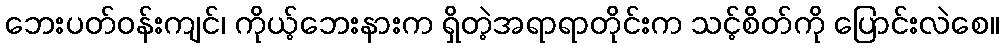
ဘေးပတ်ဝန်းကျင်၊ ကိုယ့်ဘေးနားက ရှိတဲ့အရာရာတိုင်းက သင့်စိတ်ကို ပြောင်းလဲစေ။